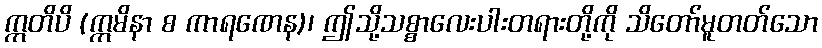
ဣတိပိ (ဣမိနာ စ ကာရဏေန)၊ ဤသို့သစ္စာလေးပါးတရားတို့ကို သိတော်မူတတ်သော